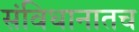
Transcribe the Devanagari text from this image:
संविधानातच